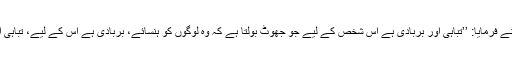
رسول اللہ صلی اللہ علیہ وسلم نے فرمایا: ’’تباہی اور بربادی ہے اس شخص کے لیے جو جھوٹ بولتا ہے کہ وہ لوگوں کو ہنسائے، بربادی ہے اس کے لیے، تباہی اور بربادی ہے اس کے لیے‘‘۔